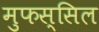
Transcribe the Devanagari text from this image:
मुफस्सिल